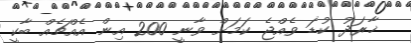
ޚާރަދު ކުޑަ ވެއްޖެ ކަމަށް ވާނީ 200 އިން އެއްޗެއް ބާކީ